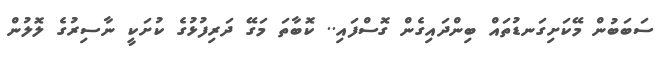
ސަބަބުން މޭކަށިގަނޑުތައް ބިންދައިގެން ގޮސްފައި.. ކޮބާތަ މަގޭ ދަރިފުޅުގެ ކުށަކީ ނާސިރުގެ ލޮލުން